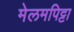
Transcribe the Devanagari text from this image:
मेलमपिट्टा